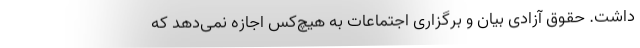
داشت. حقوق آزادی بیان و برگزاری اجتماعات به هیچ‌كس اجازه نمی‌دهد كه